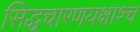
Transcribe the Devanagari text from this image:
सिद्धचारणयक्षाश्च